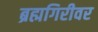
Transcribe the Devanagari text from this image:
ब्रह्मगिरीवर